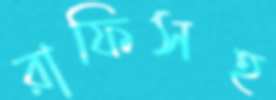
রাফিসহ